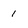
Character: 1